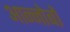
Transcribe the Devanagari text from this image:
आन्नोबों